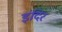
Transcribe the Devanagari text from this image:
इंदिर